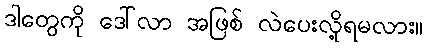
ဒါတွေကို ဒေါ်လာ အဖြစ် လဲပေးလို့ရမလား။